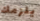
يلزمك